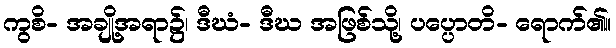
ကွစိ- အချို့အရာ၌၊ ဒီဃံ- ဒီဃ အဖြစ်သို့၊ ပပ္ပောတိ- ရောက်၏။